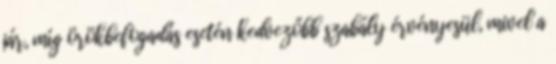
jár, míg örökbefogadás esetén kedvezőbb szabály érvényesül, mivel a